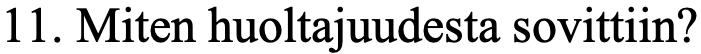
11. Miten huoltajuudesta sovittiin?